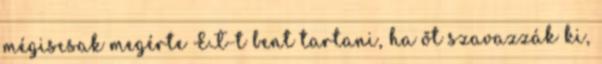
mégiscsak megérte ET-t bent tartani, ha őt szavazzák ki,